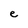
Character: e